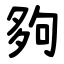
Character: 夠